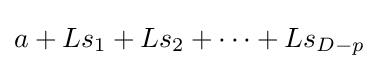
a+Ls_{1}+Ls_{2}+\cdots +Ls_{D-p}